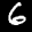
Label: 6